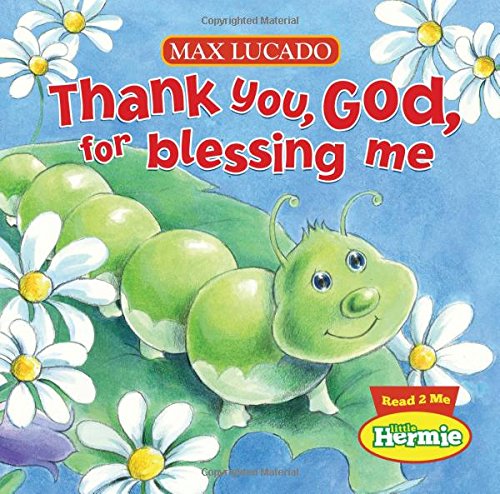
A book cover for Thank You, God, For Blessing Me (Max Lucado's Little Hermie); Max Lucado; Children's Books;